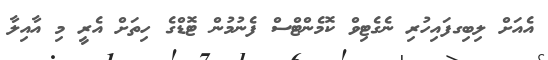
އެއަށް ލިބިގފައިހުރި ނެގެޓިވް ކޮމެންޓްސް ފެނުމުން ޓޮޑްގެ ހިތަށް އެރީ މި އާއިލާ